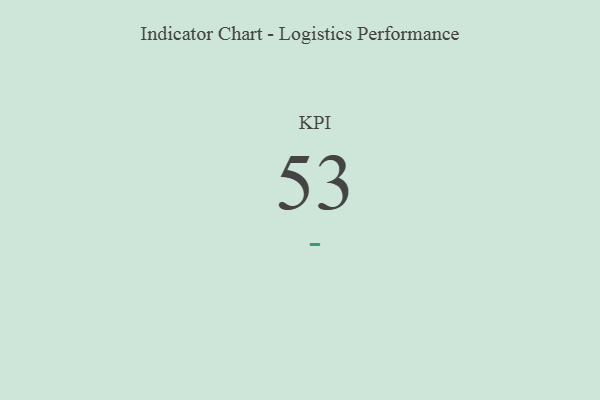
{"axis": {"x": "KPI", "y": "Value"}, "legend": [""], "data": [{"x": "KPI", "y": 53, "type": ""}]}